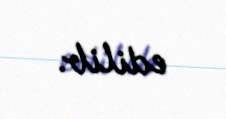
edilib.